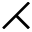
\rightthreetimes